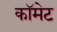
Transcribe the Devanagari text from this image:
कॉमेट